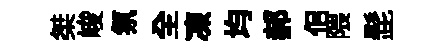
桀峻氛全凍均郝佀隈髭